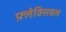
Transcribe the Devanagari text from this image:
फ़्लेक्सिबल